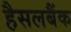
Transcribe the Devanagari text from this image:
हैसलबैंक